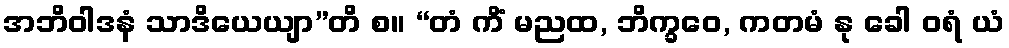
အဘိဝါဒနံ သာဒိယေယျာ”တိ စ။ “တံ ကိံ မညထ, ဘိက္ခဝေ, ကတမံ နု ခေါ ဝရံ ယံ